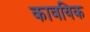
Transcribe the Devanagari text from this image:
कावयिक